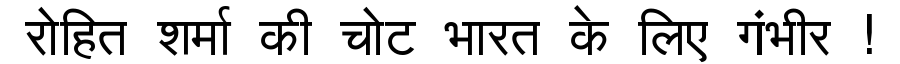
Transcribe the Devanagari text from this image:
रोहित शर्मा की चोट भारत के लिए गंभीर !